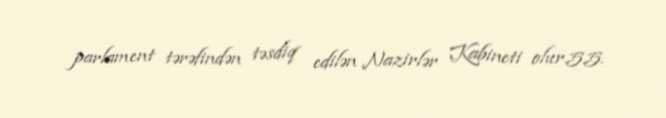
parlament tərəfindən təsdiq edilən Nazirlər Kabineti olur.5.5.